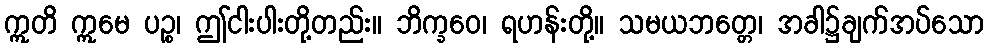
ဣတိ ဣမေ ပဉ္စ၊ ဤငါးပါးတို့တည်း။ ဘိက္ခဝေ၊ ရဟန်းတို့။ သမယဘတ္တေ၊ အခါ၌ချက်အပ်သော